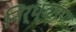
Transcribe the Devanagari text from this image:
निर्ध्दारण